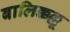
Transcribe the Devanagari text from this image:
बालिक्कल्लू